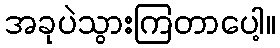
အခုပဲသွားကြတာပေါ့။